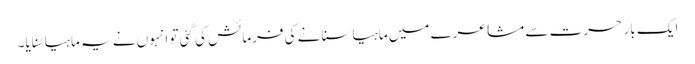
ایک بار حسرت سے مشاعرے میں ماہیا سنانے کی فرمائش کی گئی تو انہوں نے یہ ماہیا سُنایا۔